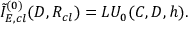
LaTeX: { \tilde { I } } _ { E , c l } ^ { ( 0 ) } ( D , R _ { c l } ) = L U _ { 0 } ( C , D , h ) .